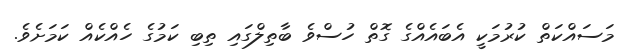
މަސައްކަތް ކުރުމަކީ އެބައެއްގެ ގޮތް ހުސްވެ ބާތިލްގައި ތިބި ކަމުގެ ހެއްކެއް ކަމަށެވެ.